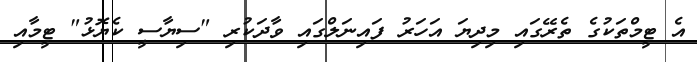
އެ ޓީމްތަކުގެ ތެރޭގައި މިދިޔަ އަހަރު ފައިނަލްގައި ވާދަކުރި "ސިޔާސީ ކެޔޮޅު" ޓީމާއި